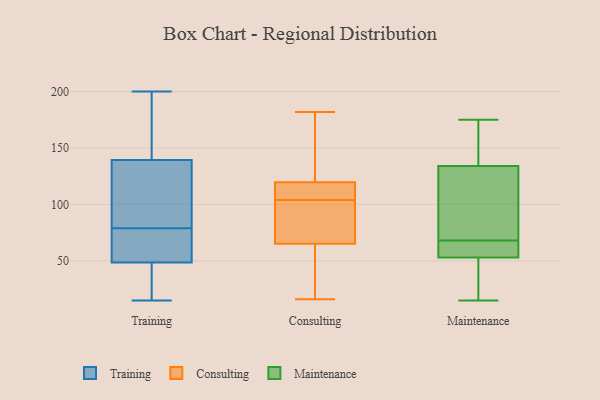
{"axis": {"x": "Satisfaction Score", "y": "Value"}, "legend": ["Consulting", "Maintenance", "Training"], "data": [{"x": "", "y": 39, "type": "Training"}, {"x": "", "y": 20, "type": "Training"}, {"x": "", "y": 37, "type": "Training"}, {"x": "", "y": 83, "type": "Training"}, {"x": "", "y": 68, "type": "Training"}, {"x": "", "y": 185, "type": "Training"}, {"x": "", "y": 15, "type": "Training"}, {"x": "", "y": 51, "type": "Training"}, {"x": "", "y": 75, "type": "Training"}, {"x": "", "y": 134, "type": "Training"}, {"x": "", "y": 138, "type": "Training"}, {"x": "", "y": 46, "type": "Training"}, {"x": "", "y": 200, "type": "Training"}, {"x": "", "y": 66, "type": "Training"}, {"x": "", "y": 94, "type": "Training"}, {"x": "", "y": 147, "type": "Training"}, {"x": "", "y": 125, "type": "Training"}, {"x": "", "y": 155, "type": "Training"}, {"x": "", "y": 71, "type": "Training"}, {"x": "", "y": 141, "type": "Training"}, {"x": "", "y": 72, "type": "Consulting"}, {"x": "", "y": 159, "type": "Consulting"}, {"x": "", "y": 105, "type": "Consulting"}, {"x": "", "y": 155, "type": "Consulting"}, {"x": "", "y": 60, "type": "Consulting"}, {"x": "", "y": 84, "type": "Consulting"}, {"x": "", "y": 182, "type": "Consulting"}, {"x": "", "y": 106, "type": "Consulting"}, {"x": "", "y": 87, "type": "Consulting"}, {"x": "", "y": 16, "type": "Consulting"}, {"x": "", "y": 104, "type": "Consulting"}, {"x": "", "y": 56, "type": "Consulting"}, {"x": "", "y": 63, "type": "Consulting"}, {"x": "", "y": 116, "type": "Consulting"}, {"x": "", "y": 121, "type": "Consulting"}, {"x": "", "y": 175, "type": "Maintenance"}, {"x": "", "y": 65, "type": "Maintenance"}, {"x": "", "y": 170, "type": "Maintenance"}, {"x": "", "y": 34, "type": "Maintenance"}, {"x": "", "y": 69, "type": "Maintenance"}, {"x": "", "y": 145, "type": "Maintenance"}, {"x": "", "y": 15, "type": "Maintenance"}, {"x": "", "y": 65, "type": "Maintenance"}, {"x": "", "y": 76, "type": "Maintenance"}, {"x": "", "y": 63, "type": "Maintenance"}, {"x": "", "y": 43, "type": "Maintenance"}, {"x": "", "y": 61, "type": "Maintenance"}, {"x": "", "y": 175, "type": "Maintenance"}, {"x": "", "y": 117, "type": "Maintenance"}, {"x": "", "y": 45, "type": "Maintenance"}, {"x": "", "y": 102, "type": "Maintenance"}, {"x": "", "y": 131, "type": "Maintenance"}, {"x": "", "y": 39, "type": "Maintenance"}, {"x": "", "y": 137, "type": "Maintenance"}, {"x": "", "y": 67, "type": "Maintenance"}]}